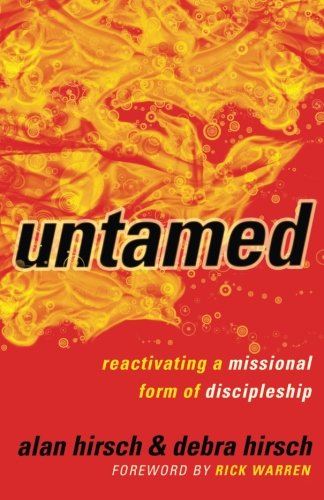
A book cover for Untamed: Reactivating a Missional Form of Discipleship (Shapevine); Alan Hirsch; Christian Books & Bibles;